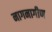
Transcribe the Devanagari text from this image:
नागनागीण